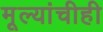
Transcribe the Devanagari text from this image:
मूल्यांचीही